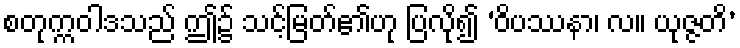
စတုက္ကဝါဒသည် ဤ၌ သင့်မြတ်၏ဟု ပြလို၍ ‘ဝိပဿနာ၊ လ။ ယုဇ္ဇတိ’